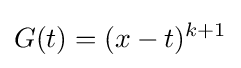
G(t)=(x-t)^{k+1}